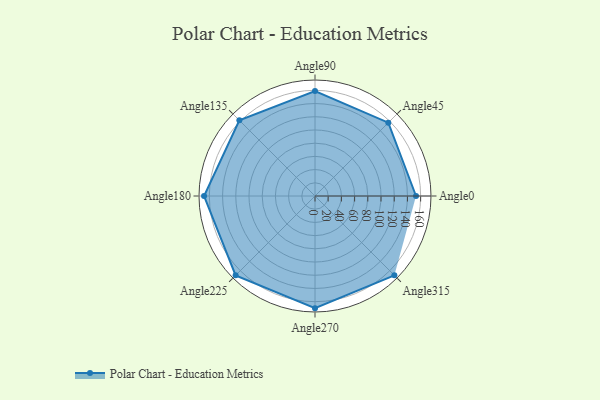
{"axis": {"x": "Angle", "y": "Radius"}, "legend": [""], "data": [{"x": "Angle0", "y": 153.0, "type": ""}, {"x": "Angle45", "y": 157.0, "type": ""}, {"x": "Angle90", "y": 159.0, "type": ""}, {"x": "Angle135", "y": 162.0, "type": ""}, {"x": "Angle180", "y": 168.0, "type": ""}, {"x": "Angle225", "y": 170, "type": ""}, {"x": "Angle270", "y": 170, "type": ""}, {"x": "Angle315", "y": 170, "type": ""}]}